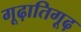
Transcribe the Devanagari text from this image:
गूढ़ातिगूढ़